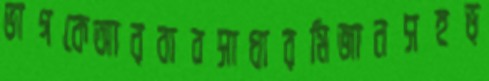
ভাগকেআরবাবসাধারমিজানসহভ্